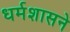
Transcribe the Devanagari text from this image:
धर्मशासने